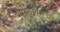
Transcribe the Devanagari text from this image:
सेक्शनचे